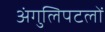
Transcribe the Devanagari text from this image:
अंगुलिपटलों